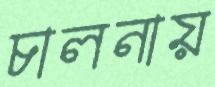
চালনায়